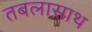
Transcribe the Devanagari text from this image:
तबलासाथ